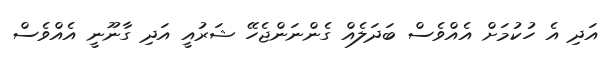
އަދި އެ ހުކުމަށް އެއްވެސް ބަދަލެއް ގެންނަންޖެހޭ ޝަރުއީ އަދި ގާނޫނީ އެއްވެސް